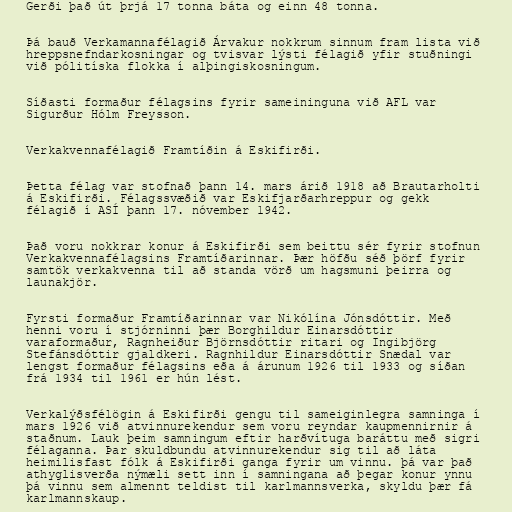
Gerði það út þrjá 17 tonna báta og einn 48 tonna.

Þá bauð Verkamannafélagið Árvakur nokkrum sinnum fram lista við
hreppsnefndarkosningar og tvisvar lýsti félagið yfir stuðningi
við pólitíska flokka í alþingiskosningum.

Síðasti formaður félagsins fyrir sameininguna við AFL var
Sigurður Hólm Freysson.

Verkakvennafélagið Framtíðin á Eskifirði.

Þetta félag var stofnað þann 14. mars árið 1918 að Brautarholti
á Eskifirði. Félagssvæðið var Eskifjarðarhreppur og gekk
félagið í ASÍ þann 17. nóvember 1942.

Það voru nokkrar konur á Eskifirði sem beittu sér fyrir stofnun
Verkakvennafélagsins Framtíðarinnar. Þær höfðu séð þörf fyrir
samtök verkakvenna til að standa vörð um hagsmuni þeirra og
launakjör.

Fyrsti formaður Framtíðarinnar var Nikólína Jónsdóttir. Með
henni voru í stjórninni þær Borghildur Einarsdóttir
varaformaður, Ragnheiður Björnsdóttir ritari og Ingibjörg
Stefánsdóttir gjaldkeri. Ragnhildur Einarsdóttir Snædal var
lengst formaður félagsins eða á árunum 1926 til 1933 og síðan
frá 1934 til 1961 er hún lést.

Verkalýðsfélögin á Eskifirði gengu til sameiginlegra samninga í
mars 1926 við atvinnurekendur sem voru reyndar kaupmennirnir á
staðnum. Lauk þeim samningum eftir harðvítuga baráttu með sigri
félaganna. Þar skuldbundu atvinnurekendur sig til að láta
heimilisfast fólk á Eskifirði ganga fyrir um vinnu. þá var það
athyglisverða nýmæli sett inn í samningana að þegar konur ynnu
þá vinnu sem almennt teldist til karlmannsverka, skyldu þær fá
karlmannskaup.